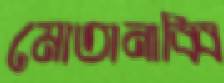
মোতানাব্বি